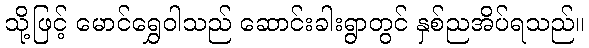
သို့ဖြင့် မောင်ရွှေဝါသည် ဆောင်းခါးရွာတွင် နှစ်ညအိပ်ရသည်။